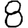
Digit: 8